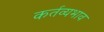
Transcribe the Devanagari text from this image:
कर्तव्यभाव